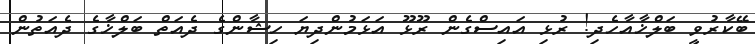
ބޭކާރުވީ ބަލްޚާއާހެދި! ރުޅި އައިސްގެން ރޫޅޫ އަޅަމުންދިޔަ ހިޝާންގެ ދެއަތް ބަލްޚާގެ ދެއަތުން